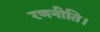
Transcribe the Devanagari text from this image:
रणनीति।